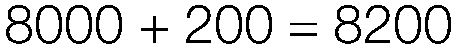
8000 + 200 = 8200